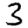
Digit: 3